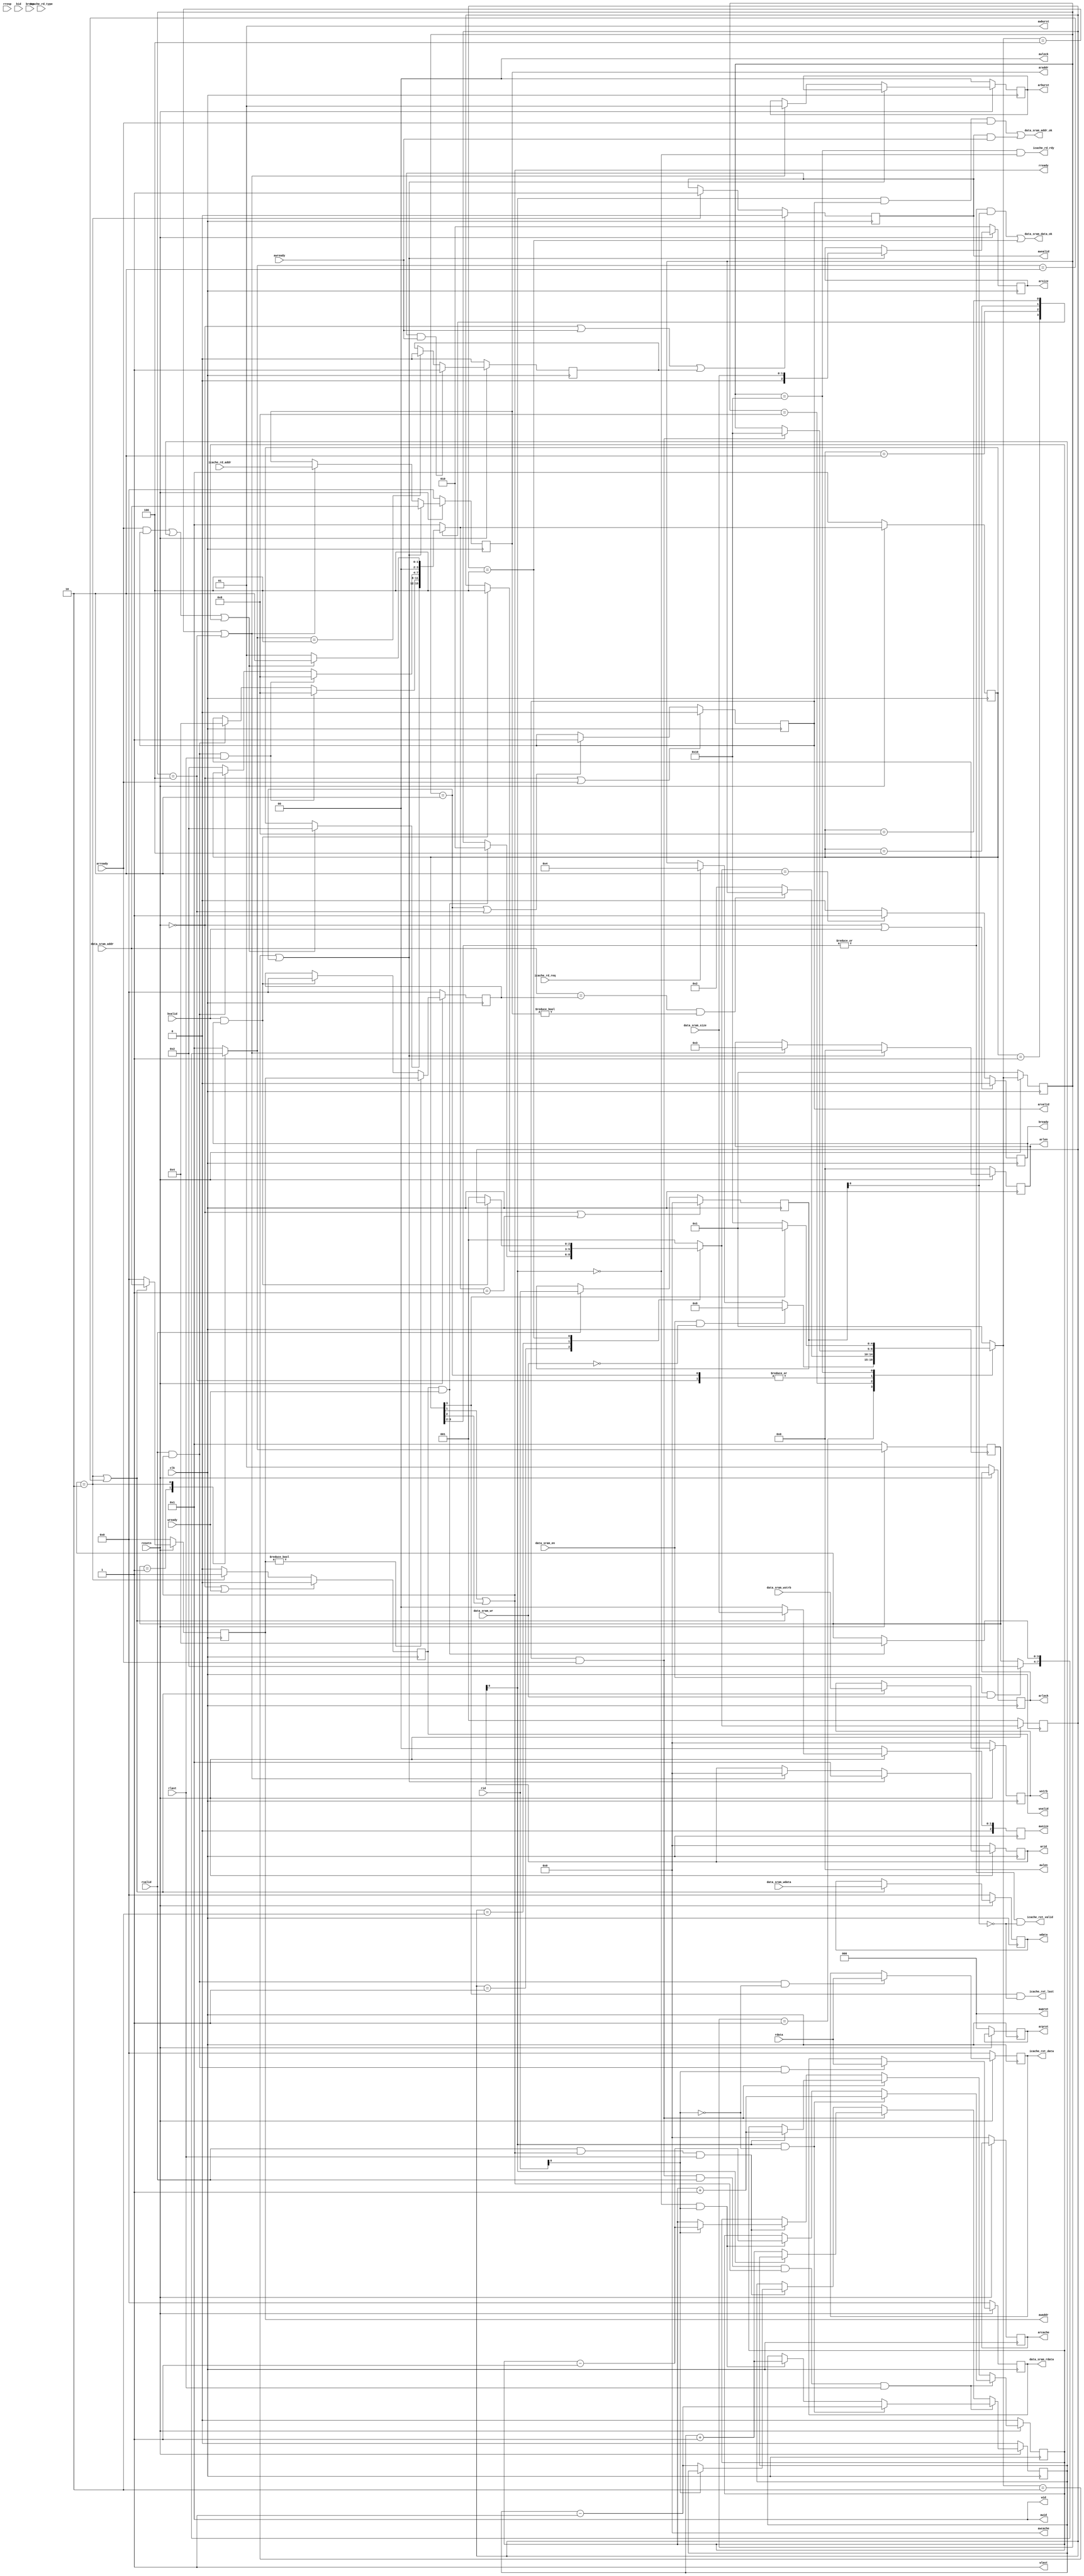
module transfer_bridge(
    input wire                      clk    ,
    input wire                      resetn ,
 
    // ar 
    output wire    [ 3:0]           arid   , // master -> slave
    output wire    [31:0]           araddr , // master -> slave
    output wire    [ 7:0]           arlen  , // master -> slave, 8'b0
    output wire    [ 2:0]           arsize , // master -> slave
    output wire    [ 1:0]           arburst, // master -> slave, 2'b1
    output wire    [ 1:0]           arlock , // master -> slave, 2'b0
    output wire    [ 3:0]           arcache, // master -> slave, 4'b0
    output wire    [ 2:0]           arprot , // master -> slave, 3'b0
    output wire                     arvalid, // master -> slave
    input  wire                     arready, // slave  -> master

    // r            
    input  wire    [ 3:0]           rid   , // slave  -> master
    input  wire    [31:0]           rdata , // slave  -> master
    input  wire    [ 1:0]           rresp , // slave  -> master, ignore
    input  wire                     rlast , // slave  -> master, ignore
    input  wire                     rvalid, // slave  -> master
    output wire                     rready, // master -> slave

    // aw           
    output wire    [ 3:0]           awid   , // master -> slave, 4'b1
    output wire    [31:0]           awaddr , // master -> slave
    output wire    [ 7:0]           awlen  , // master -> slave, 8'b0
    output wire    [ 2:0]           awsize , // master -> slave
    output wire    [ 1:0]           awburst, // master -> slave, 2'b1
    output wire    [ 1:0]           awlock , // master -> slave, 2'b0
    output wire    [ 3:0]           awcache, // master -> slave, 4'b0
    output wire    [ 2:0]           awprot , // master -> slave, 3'b0
    output wire                     awvalid, // master -> slave
    input  wire                     awready, // slave  -> master

    // w
    output wire    [ 3:0]           wid   , // master -> slave, 4'b1
    output wire    [31:0]           wdata , // master -> slave
    output wire    [ 3:0]           wstrb , // master -> slave
    output wire                     wlast , // master -> slave, 1'b1
    output wire                     wvalid, // master -> slave
    input  wire                     wready, // slave  -> master

    // b
    input  wire   [ 3:0]            bid   , // slave  -> master, ignore
    input  wire   [ 1:0]            bresp , // slave  -> master, ignore
    input  wire                     bvalid, // slave  -> master
    output wire                     bready, // master -> slave

    // icache interface
    input  wire         	         icache_rd_req,
    input  wire[ 2:0]               icache_rd_type,
    input  wire[31:0]               icache_rd_addr,
    output wire         	         icache_rd_rdy,			// icache_addr_ok
    output wire         	         icache_ret_valid,	// icache_data_ok
	output wire			             icache_ret_last,
    output wire[31:0]               icache_ret_data,
    
    // data sram interface
    input  wire                     data_sram_en     ,
    input  wire                     data_sram_wr     ,
    input  wire   [ 3:0]            data_sram_wstrb  ,
    input  wire   [ 1:0]            data_sram_size   , 
    input  wire   [31:0]            data_sram_addr   ,
    input  wire   [31:0]            data_sram_wdata  ,
    output wire   [31:0]            data_sram_rdata  ,
    output wire                     data_sram_addr_ok,
    output wire                     data_sram_data_ok


);

    wire reset;
    assign reset = ~resetn;

    // ar
    reg  [3:0] arid_reg;
    reg [31:0] araddr_reg;
    reg  [2:0] arsize_reg;
    reg        arvalid_reg;
    reg [7:0]  arlen_reg;
    reg [1:0]  arburst_reg;
    reg [1:0]  arlock_reg;
    reg [3:0]  arcache_reg;
    reg [2:0]  arprot_reg;
    assign arid = arid_reg;
    assign araddr = araddr_reg;
    assign arsize = arsize_reg;
    assign arvalid = arvalid_reg;
    assign arlen = arlen_reg;
    assign arburst = arburst_reg;
    assign arlock   = arlock_reg;
    assign arcache  =  arcache_reg;
    assign arprot   =  arprot_reg;
    // assign arlen    = 8'b0;
    // assign arburst  = 2'b1;
    // assign arlock   = 2'b0;
    // assign arcache  = 4'b0;
    // assign arprot   = 3'b0;

    // r
    assign rready = rdata_curr_state[1] || rdata_curr_state[2];//r_business_cnt_inst != 1'b0 || r_business_cnt_data != 1'b0;

    // aw
    reg [31:0] awaddr_reg;
    reg [2:0]  awsize_reg;
    reg        awvalid_reg;
    assign awaddr = awaddr_reg;
    assign awsize = awsize_reg;
    assign awvalid = awvalid_reg;
    assign awid     = 4'b1;
    assign awlen    = 8'b0;
    assign awburst  = 2'b1;
    assign awlock   = 2'b0;
    assign awcache  = 4'b0;
    assign awprot   = 3'b0;

    // w
    reg [31:0] wdata_reg;
    reg [3:0]  wstrb_reg;
    reg        wvalid_reg;
    assign wdata = wdata_reg;
    assign wstrb = wstrb_reg;
    assign wvalid = wvalid_reg;
    assign wid      = 4'b1;
    assign wlast    = 1'b1;

    //b
    reg bready_reg;
    assign bready = bready_reg;

    // state machine

    parameter READ_REQ_RST          = 5'b00001; // 1
    parameter READ_DATA_REQ_START   = 5'b00010; // 2
    parameter READ_INST_REQ_START   = 5'b00100; // 4
    parameter READ_DATA_REQ_CHECK   = 5'b01000; // 8
    parameter READ_REQ_END          = 5'b10000; // 16

    parameter READ_DATA_RST         = 4'b0001; // 1
    parameter READ_DATA_START       = 4'b0010; // 2
    parameter READ_DATA_MID         = 4'b0100; // 4
    parameter READ_DATA_END         = 4'b1000; // 8

    parameter WRITE_RST             = 3'b001; // 1
    parameter WRITE_START           = 3'b010; // 2
    parameter WRITE_END             = 3'b100; // 8

    parameter WRITE_RSP_RST         = 3'b001; // 1
    parameter WRITE_RSP_START       = 3'b010; // 2
    parameter WRITE_RSP_END         = 3'b100; // 8

    reg  [ 4:0] rreq_curr_state;
    reg  [ 4:0] rreq_next_state;
    reg  [ 3:0] rdata_curr_state;
    reg  [ 3:0] rdata_next_state;
    reg  [ 3:0] wrd_curr_state;
    reg  [ 3:0] wrd_next_state;
    reg  [ 2:0] wrsp_curr_state;
    reg  [ 2:0] wrsp_next_state;

    reg r_business_cnt_inst;
    reg r_business_cnt_data;
    
    
    
    //--------------------the 1st segment of state machine--------------------


    always @(posedge clk) begin
        if(reset) begin
            rreq_curr_state <= READ_REQ_RST;
            rdata_curr_state <= READ_DATA_RST;
            wrd_curr_state <= WRITE_RST;
            wrsp_curr_state <= WRITE_RSP_RST;
        end    
        else begin
            rreq_curr_state <= rreq_next_state;
            rdata_curr_state <= rdata_next_state;
            wrd_curr_state <= wrd_next_state;
            wrsp_curr_state <= wrsp_next_state;
        end 
    end
    
    
    
    
    
    //--------------------the 2nd segment of state machine--------------------



    //----------read request----------
    
    always @(*) begin
        case(rreq_curr_state)
            READ_REQ_RST: begin
                if(data_sram_en & ~data_sram_wr)
                    rreq_next_state = READ_DATA_REQ_CHECK;
                else if(icache_rd_req)
                    rreq_next_state = READ_INST_REQ_START;
                else
                    rreq_next_state = rreq_curr_state;
            end
            
            READ_DATA_REQ_CHECK: begin
                if(block)
                    rreq_next_state = rreq_curr_state;
                else
                    rreq_next_state = READ_DATA_REQ_START;
            end
            
            READ_DATA_REQ_START, READ_INST_REQ_START: begin
                if(arvalid & arready)
                    rreq_next_state = READ_REQ_END;
                else
                    rreq_next_state = rreq_curr_state;
            end

            READ_REQ_END: begin
                if(rdata_curr_state[3])begin
                    rreq_next_state = READ_REQ_RST;
                end
                else begin
                    rreq_next_state = READ_REQ_END;
                end
            end
            default:
                rreq_next_state = READ_REQ_RST;
        endcase
    end



    //----------read data (response)----------

    always @(*) begin
        case(rdata_curr_state)
            READ_DATA_RST: begin
                if((arready && arvalid) || r_business_cnt_inst != 1'b0 || r_business_cnt_data != 1'b0)
                    rdata_next_state = READ_DATA_START;
                else 
                    rdata_next_state = rdata_curr_state;
            end

            READ_DATA_START: begin
                if(rvalid && rready && rlast)
                    rdata_next_state = READ_DATA_END;
                else if(rvalid && rready)
                    rdata_next_state = READ_DATA_MID;
                else
                    rdata_next_state = rdata_curr_state;
                
            end

            READ_DATA_MID:begin
                if(rvalid && rready && rlast)
                    rdata_next_state = READ_DATA_END;
                else if(rvalid && rready)
                    rdata_next_state = rdata_curr_state;
                else
                    rdata_next_state = READ_DATA_START;
            end

            READ_DATA_END: begin
                if((arready && arvalid) || r_business_cnt_inst != 1'b0 || r_business_cnt_data != 1'b0)
                    rdata_next_state = READ_DATA_START;
                else
                    rdata_next_state = READ_DATA_RST;
            end

            default:
                rdata_next_state = READ_DATA_RST;
        endcase
        
    end
    
    
    
    //----------write request & write data----------

    always @(*) begin
        case(wrd_curr_state)
            WRITE_RST: begin
                if(data_sram_en && data_sram_wr) 
                    wrd_next_state = WRITE_START;
                else 
                    wrd_next_state = wrd_curr_state;
            end

            WRITE_START: begin
                if(wvalid & wready)
                    wrd_next_state = WRITE_END;
                else
                    wrd_next_state = wrd_curr_state;
            end

            WRITE_END: begin
                wrd_next_state = WRITE_RST;   
            end
            
            default:
                wrd_next_state = WRITE_RST;
        endcase
    end
    
    
    
    //----------write response----------

    always @(*) begin
        case(wrsp_curr_state)
            WRITE_RSP_RST: begin
                if(wvalid & wready) 
                    wrsp_next_state = WRITE_RSP_START;
                else
                    wrsp_next_state = wrsp_curr_state;
            end

            WRITE_RSP_START: begin
                if(bvalid & bready)
                    wrsp_next_state = WRITE_RSP_END;
                else
                    wrsp_next_state = wrsp_curr_state;
            end

            WRITE_RSP_END: begin
                if(bvalid & bready)
                    wrsp_next_state = wrsp_curr_state;
                else
                    wrsp_next_state = WRITE_RSP_RST;
            end

            default:
                wrsp_next_state = WRITE_RSP_RST;
        endcase
    end
    
    
    
    
    
    //--------------------the 3rd segment of state machine--------------------
    
    
    
    // ar
    always @(posedge clk) begin
        if(reset) begin
            arid_reg <= 4'b0;
            araddr_reg <= 32'b0;
            arsize_reg <= 3'b010;
            {arlen_reg,arburst_reg, arlock_reg, arcache_reg, arprot_reg} <= {8'b0,2'b01, 2'b0, 4'b0, 1'b0};
        end 
        else if(rreq_next_state == READ_DATA_REQ_START || rreq_curr_state == READ_DATA_REQ_START) begin
            arid_reg <= 4'b1;
            araddr_reg <= data_sram_addr;
            arsize_reg <= {1'b0, data_sram_size};
            arlen_reg <= 8'b0;
        end 
        else if(rreq_next_state == READ_INST_REQ_START || rreq_curr_state == READ_INST_REQ_START) begin
            arid_reg <= 4'b0;
            araddr_reg <= icache_rd_addr;
            //arsize_reg <= {2{icache_rd_type[2]}};//{1'b0, inst_sram_size};
            arlen_reg <= 8'b00000011;
            arburst_reg <= 2'b01;
        end 
        /*else begin
            arid_reg <= 4'b0;
            araddr_reg <= 32'b0;
            arsize_reg <= 3'b0;
        end*/
    end

    always @(posedge clk) begin
        if(reset | arready)
            arvalid_reg <= 1'b0;
        else if(rreq_curr_state == READ_DATA_REQ_START || rreq_curr_state == READ_INST_REQ_START)
            arvalid_reg <= 1'b1;  
    end

    reg [3:0] rid_reg;
    always @(posedge clk) begin
        if(reset || rdata_next_state == READ_DATA_RST) 
            rid_reg <= 4'b0;
        else if(rvalid) 
            rid_reg <= rid;
       
    end

    //aw
    always @(posedge clk) begin
        if(reset) begin
            awaddr_reg <= 32'b0;
            awsize_reg <= 3'b0;
        end 
        else if(wrd_curr_state == WRITE_START || wrd_next_state == WRITE_START) begin
            awaddr_reg <= data_sram_addr;
            awsize_reg <= {1'b0, data_sram_size};
        end 
        else begin
            awaddr_reg <= 32'b0;
            awsize_reg <= 3'b0;
        end
    end
    
    // my
    reg [31:0] awaddr_block;
    always @(posedge clk) begin
        if(reset)
            awaddr_block <= 32'b0;
        else if(awaddr != 32'b0)
            awaddr_block <= awaddr;
        else if(bvalid & bready)
            awaddr_block <= 32'b0;
    end
    wire block;
    assign block = data_sram_addr == awaddr_block && araddr != 32'b0;

            
            
    
    reg write_pending;
    always @(posedge clk) begin
        if(reset | awready | write_pending)
            awvalid_reg <= 1'b0;
        else if(wrd_curr_state == WRITE_START)
            awvalid_reg <= 1'b1;
    end

    always @(posedge clk) begin
        if(reset) 
            write_pending <= 1'b0;
        else if(awvalid && awready)
            write_pending <= 1'b1;
        else if(wrd_next_state == WRITE_END)
            write_pending <= 1'b0;
    end
    
    //w
    always @(posedge clk) begin
        if(reset) begin
            wdata_reg <= 32'b0;
            wstrb_reg <= 4'b0;
        end 
        else if(wrd_curr_state == WRITE_START || wrd_next_state == WRITE_START) begin
            wdata_reg <= data_sram_wdata;
            wstrb_reg <= data_sram_wstrb;
        end 
    end

    always @(posedge clk) begin
        if(reset | wready)
            wvalid_reg <= 1'b0;
        else if(wrd_curr_state == WRITE_START) 
            wvalid_reg <= 1'b1;
        else 
            wvalid_reg <= 1'b0;
    end
    
    // b
    always @(posedge clk) begin
        if(reset | bvalid) 
            bready_reg <= 1'b0;
        else if(wrsp_next_state == WRITE_RSP_START)
            bready_reg <= 1'b1;
        else 
            bready_reg <= 1'b0;
    end
    


    always @(posedge clk) begin
        if(reset) begin
            r_business_cnt_inst <= 1'b0;
            r_business_cnt_data <= 1'b0;
        end
        else if(arready & arvalid & rvalid & rready &rlast) begin
            if(~arid[0] && ~rid[0])
                r_business_cnt_inst <= r_business_cnt_inst;
            if(arid[0] && rid[0])
                r_business_cnt_data <= r_business_cnt_data;
            if(~arid[0] && rid[0]) begin
                r_business_cnt_inst <= r_business_cnt_inst + 2'b1;
                r_business_cnt_data <= r_business_cnt_data - 2'b1;
            end 
            if(arid[0] && ~rid[0]) begin
                r_business_cnt_inst <= r_business_cnt_inst - 2'b1;
                r_business_cnt_data <= r_business_cnt_data + 2'b1;
            end
        end
        else if(arready & arvalid) begin
            if(~arid[0])
                r_business_cnt_inst <= r_business_cnt_inst + 2'b1;
            if(arid[0])
                r_business_cnt_data <= r_business_cnt_data + 2'b1;
        end
        else if (rvalid & rready & rlast) begin
            if(~rid[0])
                r_business_cnt_inst <= r_business_cnt_inst - 2'b1;
            if(rid[0])
                r_business_cnt_data <= r_business_cnt_data - 2'b1;
        end
    end


    

    //assign inst_sram_addr_ok = rreq_curr_state == READ_REQ_END && ~arid[0];
    //assign inst_sram_data_ok = rdata_curr_state == READ_DATA_END && ~rid_reg[0];
    assign icache_rd_rdy = rreq_curr_state == READ_REQ_END && ~arid[0];
    assign icache_ret_valid = (|rdata_curr_state[3:2]) && ~rid_reg[0];
    assign icache_ret_last = rdata_curr_state[3] && ~rid_reg[0];
    assign data_sram_addr_ok = arid[0] & arvalid & arready | wid[0] & awvalid & awready ; //read or write
    assign data_sram_data_ok = ((|rdata_curr_state[3:2]) && rid_reg[0]) || (wrsp_curr_state == WRITE_RSP_END); //read or write

    reg [31:0] inst_sram_buf;
    reg [31:0] data_sram_buf;
    
    always @(posedge clk) begin
        if(reset) 
            inst_sram_buf <= 32'b0;
        else if(rvalid && rready && ~rid[0]) 
            inst_sram_buf <= rdata;
    end

    always @(posedge clk) begin 
        if(reset) 
            data_sram_buf <= 32'b0;
        else if(rvalid && rready && rid[0]) 
            data_sram_buf <= rdata;
    end

    assign icache_ret_data = inst_sram_buf;
    assign data_sram_rdata = data_sram_buf;


endmodule